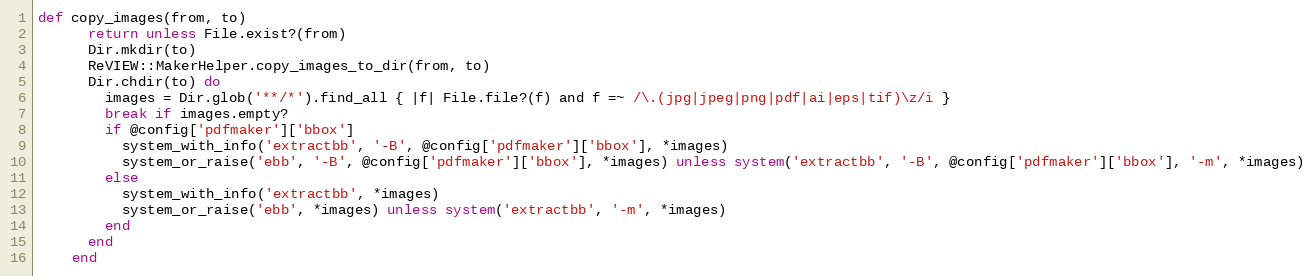
Language: Ruby
def copy_images(from, to)
      return unless File.exist?(from)
      Dir.mkdir(to)
      ReVIEW::MakerHelper.copy_images_to_dir(from, to)
      Dir.chdir(to) do
        images = Dir.glob('**/*').find_all { |f| File.file?(f) and f =~ /\.(jpg|jpeg|png|pdf|ai|eps|tif)\z/i }
        break if images.empty?
        if @config['pdfmaker']['bbox']
          system_with_info('extractbb', '-B', @config['pdfmaker']['bbox'], *images)
          system_or_raise('ebb', '-B', @config['pdfmaker']['bbox'], *images) unless system('extractbb', '-B', @config['pdfmaker']['bbox'], '-m', *images)
        else
          system_with_info('extractbb', *images)
          system_or_raise('ebb', *images) unless system('extractbb', '-m', *images)
        end
      end
    end